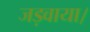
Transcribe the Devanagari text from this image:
जड़वाया।